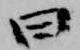
曰